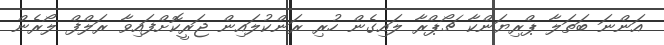
އަންނަ ބަތަލާ ޕްރިޔަންކާ ޗޯޕްރާ ލައިގެން ހުރި ރަންކުލައިން ޖަރީކޮށްފައިވާ ރަލްފް ލޯރެން